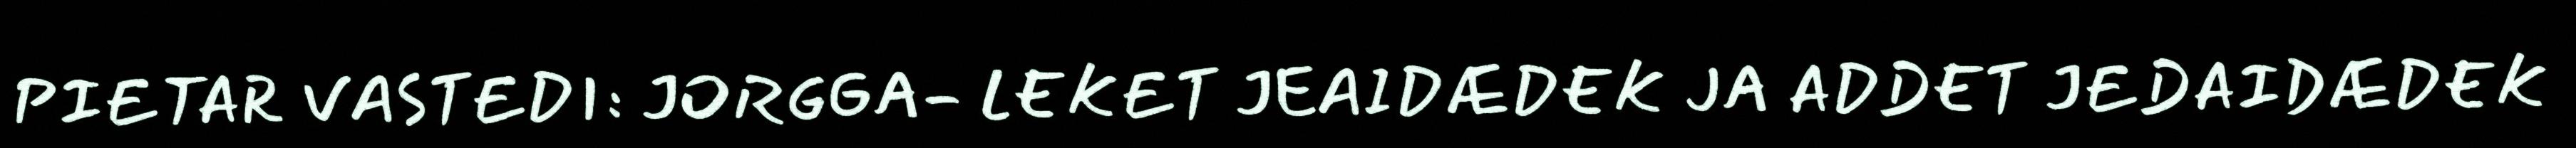
PIETAR VASTEDI: JORGGA- LEKET JEAIDÆDEK JA ADDET JEDAIDÆDEK